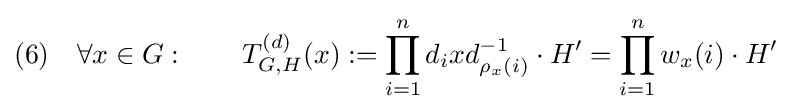
(6)\quad \forall x\in G:\qquad T_{G,H}^{(d)}(x):=\prod _{i=1}^{n}d_{i}xd_{\rho _{x}(i)}^{-1}\cdot H'=\prod _{i=1}^{n}w_{x}(i)\cdot H'